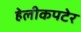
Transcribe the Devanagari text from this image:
हेलीकपटेर